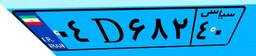
۰۴D۶۸۲۴۰